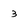
Character: 3